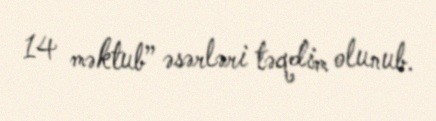
14 məktub” əsərləri təqdim olunub.